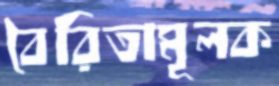
বৈরিতামূলক